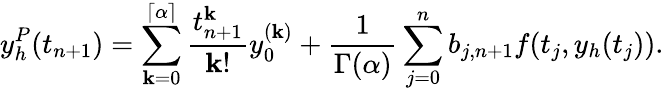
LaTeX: y_{h}^{P}(t_{n+1})=\sum_{\mathbf{k}=0}^{\left\lceil{\alpha}\right\rceil}\frac{{t_{n+1}^{\mathbf{k}}}}{{\mathbf{k}!}}y_{0}^{(\mathbf{k})}+\frac{{1}}{{\Gamma(\alpha)}}\sum_{j=0}^{n}b_{j,n+1}f(t_{j},y_{h}(t_{j})).